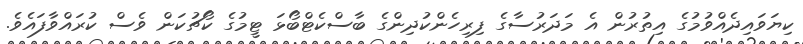
ކިޔަވައިދެއްވުމުގެ އިތުރުން އެ މަދަރުސާގެ ފިރިހެންކުދިންގެ ބާސްކެޓްބޯޅަ ޓީމުގެ ކޯޗުކަން ވެސް ކުރައްވާފައެވެ.